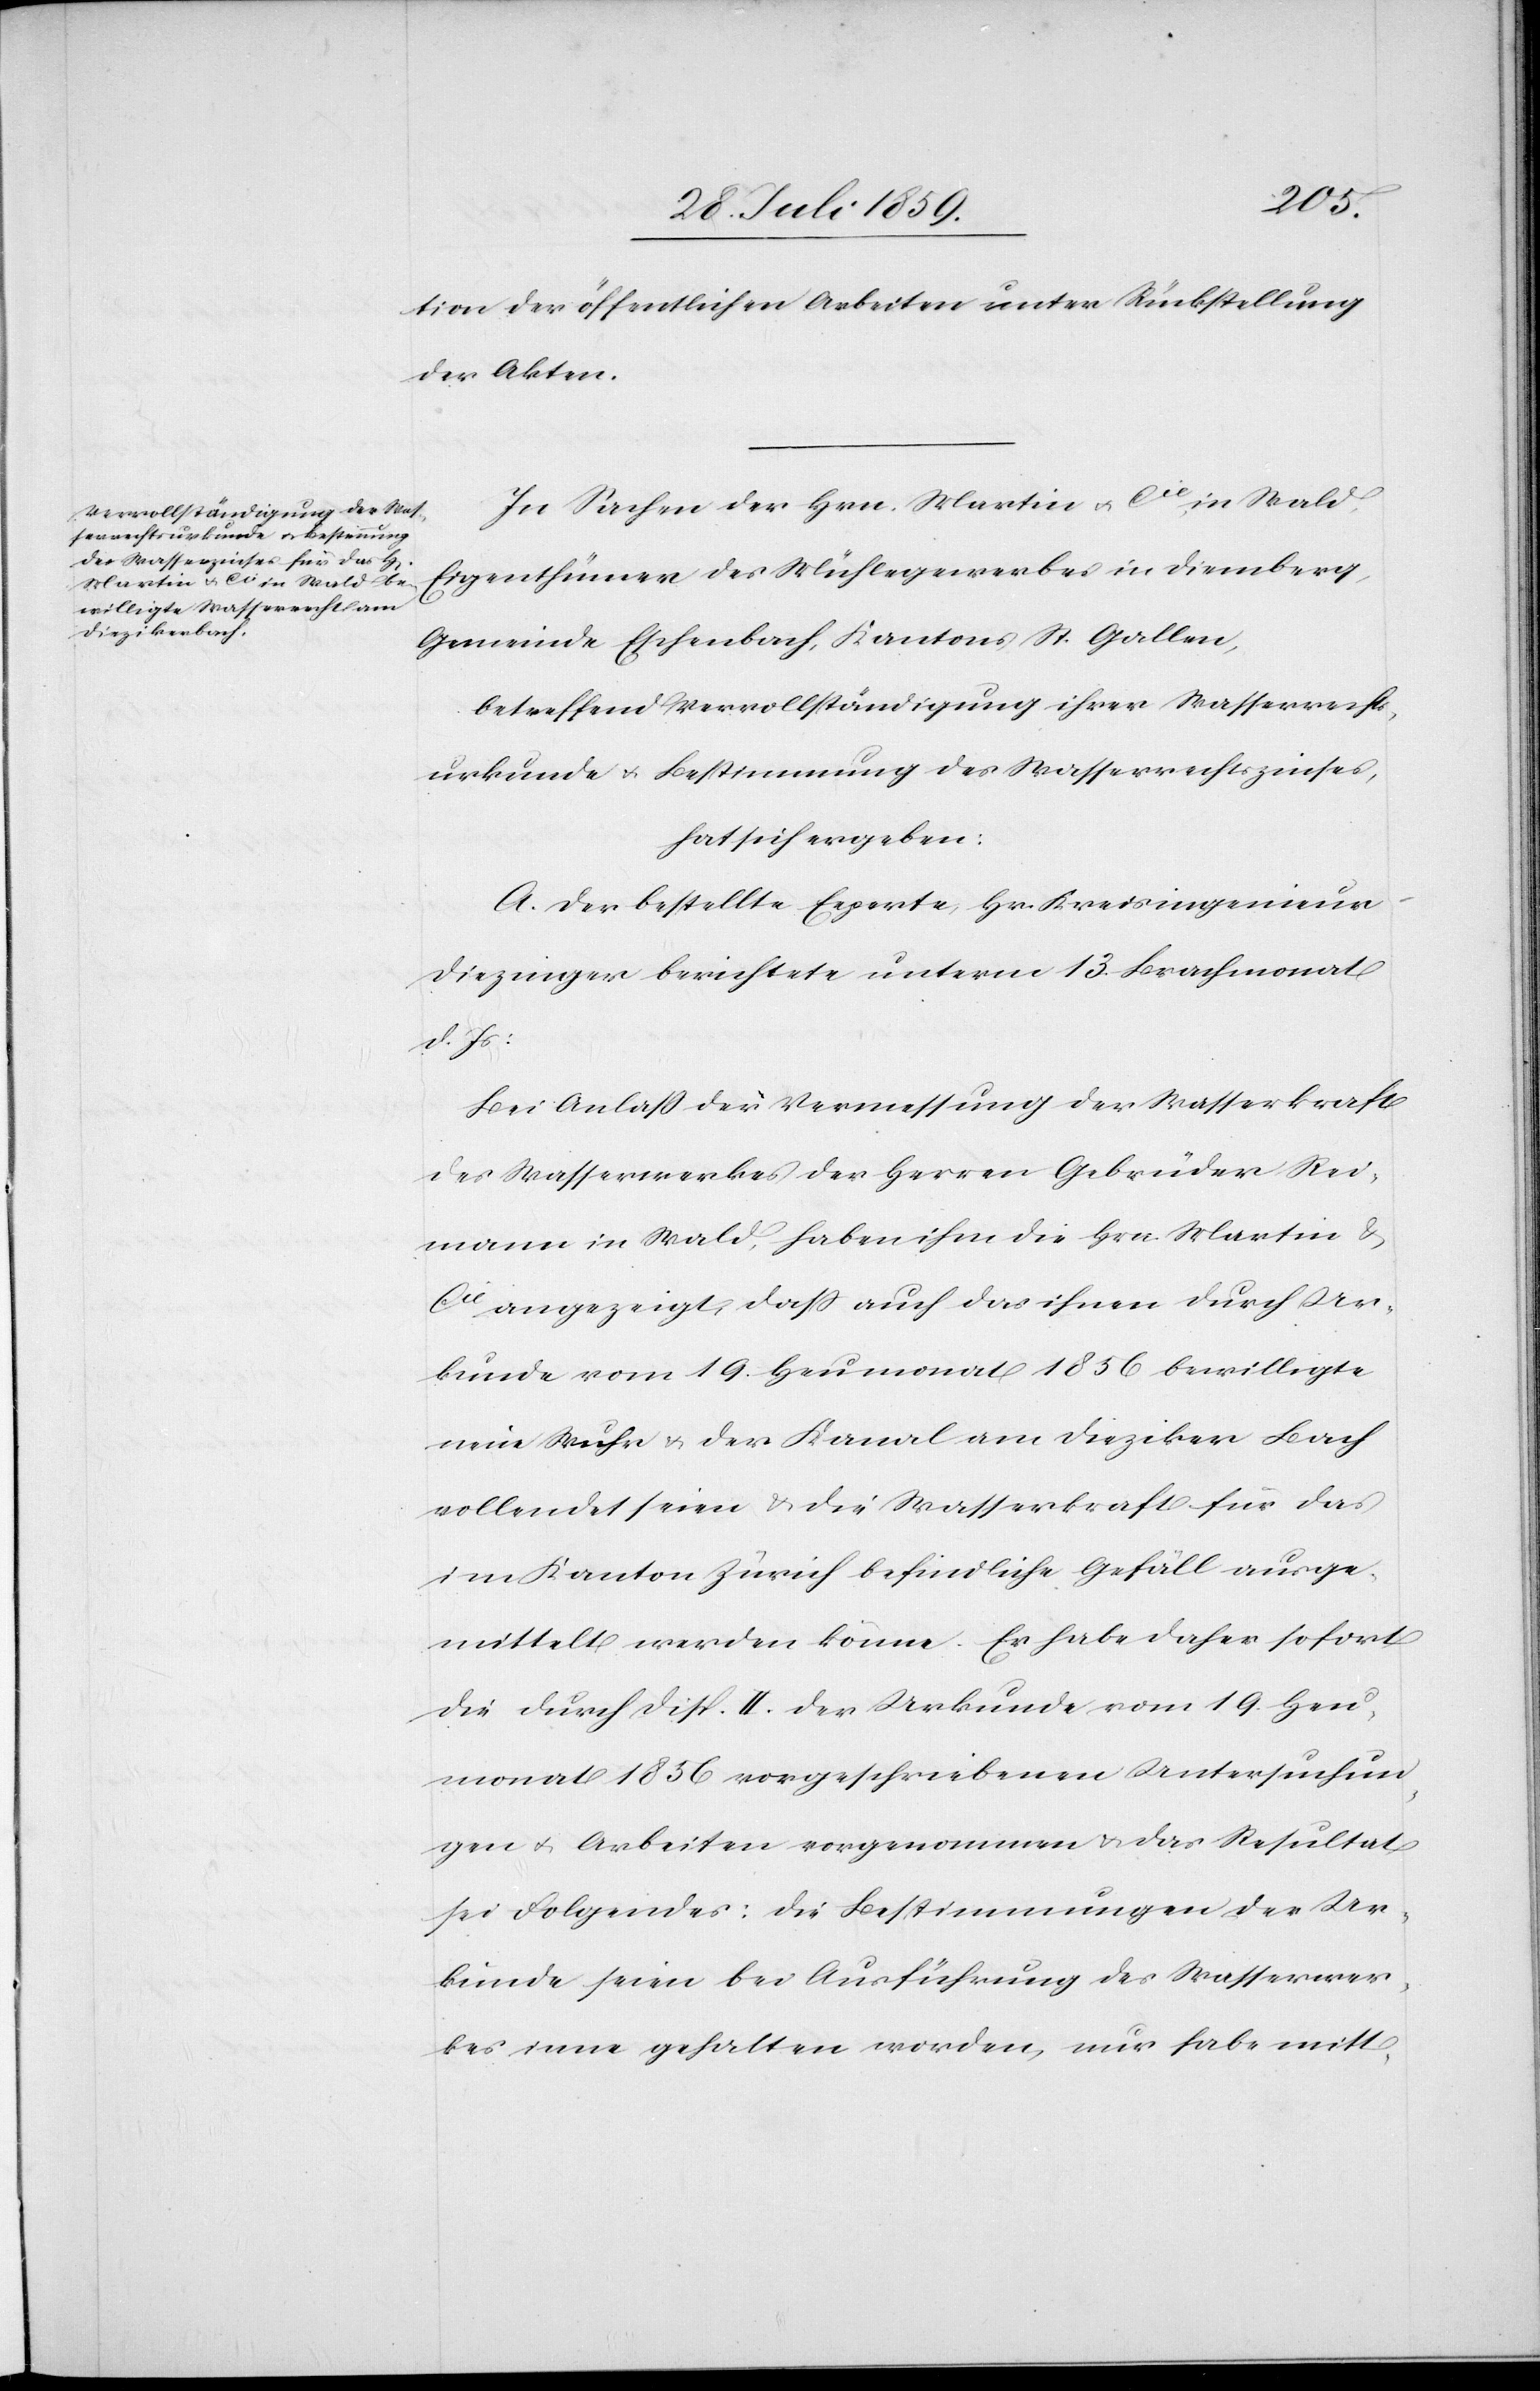
tion der öffentlichen Arbeiten unter Rückstellung
der Akten.
In Sachen der Hrn. Martin & Cie, in Wald,
Eigenthümer des Mühlegewerbes in Diemberg,
Gemeinde Eschenbach, Kantons St. Gallen,
betreffend Vervollständigung ihrer Wasserrechts¬
urkunde u. Bestimmung des Wasserzinses,
hat sich ergeben:
A. Der bestellte Experte, Hr. Kreisingenieur
Diezinger berichtete unterm 13. Brachmonat
d. Js.:
Bei Anlaß der Vermessung der Wasserkraft
des Wasserwerkes der Herren Gebrüder Rei¬
mann in Wald, haben ihm die Hrn. Martin &
Cie. angezeigt, daß auch das ihnen durch Ur¬
kunde vom 19. Heumonat 1856 bewilligte
neue Wuhr u. der Kanal am Dieziker Bach
vollendet seien u. die Wasserkraft für das
im Kanton Zürich befindliche Gefäll ausge¬
mittelt werden könne. Er habe daher sofort
die durch Disp. II. der Urkunde vom 19. Heu¬
monat 1856 vorgeschriebenen Untersuchun¬
gen u. Arbeiten vorgenommen u. das Resultat
sei Folgendes: Die Bestimmungen der Ur¬
kunde seien bei Ausführung des Wasserwer¬
kes inne gehalten worden, nur habe mitt-